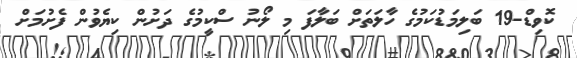
ކޮވިޑް-19 ބަލިމަޑުކަމުގެ ހާލަތަށް ބަލާފަ މި ލޯނު ސްކީމުގެ ދަށުން ކިޔެވުން ފެށުމަށް